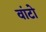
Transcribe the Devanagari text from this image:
वांटो